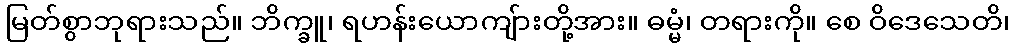
မြတ်စွာဘုရားသည်။ ဘိက္ခူ၊ ရဟန်းယောကျ်ားတို့အား။ ဓမ္မံ၊ တရားကို။ စေ ဝိဒေသေတိ၊